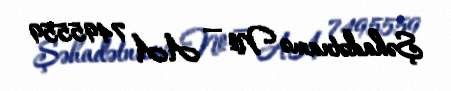
Şəhadətnamə № — AA 7495559